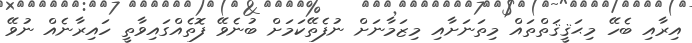
އިރާއި ބެހޭ މިޙަޤީޤަތްތައް މިތަނަށާއި މިޒަމާނަށް ނުފެތޭކަމަށް ބުނެވޭ ފޮތެއްގައިވާތީ ހައިރާނެއް ނުވޭ